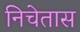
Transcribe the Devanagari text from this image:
निचेतास